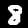
Digit: 8